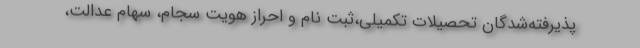
پذیرفته‌شدگان تحصیلات تکمیلی،ثبت نام و احراز هویت سجام، سهام عدالت،